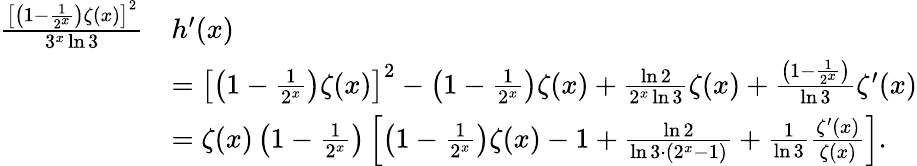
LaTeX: \begin{array}{rl}{\frac{\left[\left(1-\frac{1}{2^{x}}\right)\zeta(x)\right]^{2}}{3^{x}\ln 3}}&{h^{\prime}(x)}\\ &{=\left[\left(1-\frac{1}{2^{x}}\right)\zeta(x)\right]^{2}-\left(1-\frac{1}{2^{x}}\right)\zeta(x)+\frac{\ln 2}{2^{x}\ln 3}\zeta(x)+\frac{\left(1-\frac{1}{2^{x}}\right)}{\ln 3}\zeta^{\prime}(x)}\\ &{=\zeta(x)\left(1-\frac{1}{2^{x}}\right)\left[\left(1-\frac{1}{2^{x}}\right)\zeta(x)-1+\frac{\ln 2}{\ln 3\cdot(2^{x}-1)}+\frac{1}{\ln 3}\frac{\zeta^{\prime}(x)}{\zeta(x)}\right].}\end{array}